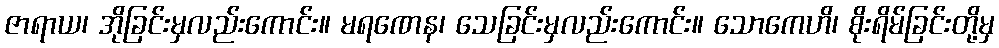
ဇာရာယ၊ အိုခြင်းမှလည်းကောင်း။ မရဏေန၊ သေခြင်းမှလည်းကောင်း။ သောကေဟိ၊ စိုးရိမ်ခြင်းတို့မှ